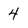
Character: 4